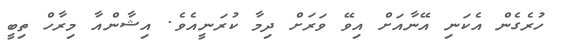
ހުރެގެން އެކަނި އޭނާއަށް އިވޭ ވަރަށް ދިމާ ކުރަނީއެވެ. އިޝާންއާ މިރާހް ތިބީ